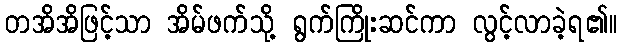
တအိအိဖြင့်သာ အိမ်ဖက်သို့ ရွက်ကြိုးဆင်ကာ လွင့်လာခဲ့ရ၏။